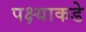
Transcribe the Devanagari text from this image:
पक्ष्याकडे